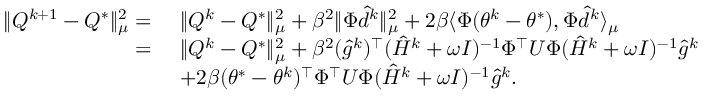
\begin{array} { r l } { \| Q ^ { k + 1 } - Q ^ { * } \| _ { \mu } ^ { 2 } = } & { \, \, \| Q ^ { k } - Q ^ { * } \| _ { \mu } ^ { 2 } + \beta ^ { 2 } \| \Phi \hat { d } ^ { k } \| _ { \mu } ^ { 2 } + 2 \beta \langle \Phi ( \theta ^ { k } - \theta ^ { * } ) , \Phi \hat { d } ^ { k } \rangle _ { \mu } } \\ { = } & { \, \, \| Q ^ { k } - Q ^ { * } \| _ { \mu } ^ { 2 } + \beta ^ { 2 } ( \hat { g } ^ { k } ) ^ { \top } ( \hat { H } ^ { k } + \omega I ) ^ { - 1 } \Phi ^ { \top } U \Phi ( \hat { H } ^ { k } + \omega I ) ^ { - 1 } \hat { g } ^ { k } } \\ & { \, \, + 2 \beta ( \theta ^ { * } - \theta ^ { k } ) ^ { \top } \Phi ^ { \top } U \Phi ( \hat { H } ^ { k } + \omega I ) ^ { - 1 } \hat { g } ^ { k } . } \end{array}